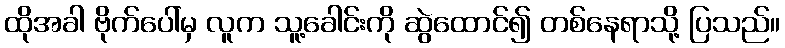
ထိုအခါ ဗိုက်ပေါ်မှ လူက သူ့ခေါင်းကို ဆွဲထောင်၍ တစ်နေရာသို့ ပြသည်။